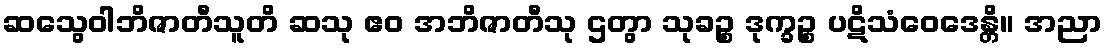
ဆသွေဝါဘိဇာတီသူတိ ဆသု ဧဝ အဘိဇာတီသု ဌတွာ သုခဉ္စ ဒုက္ခဉ္စ ပဋိသံဝေဒေန္တိ။ အညာ